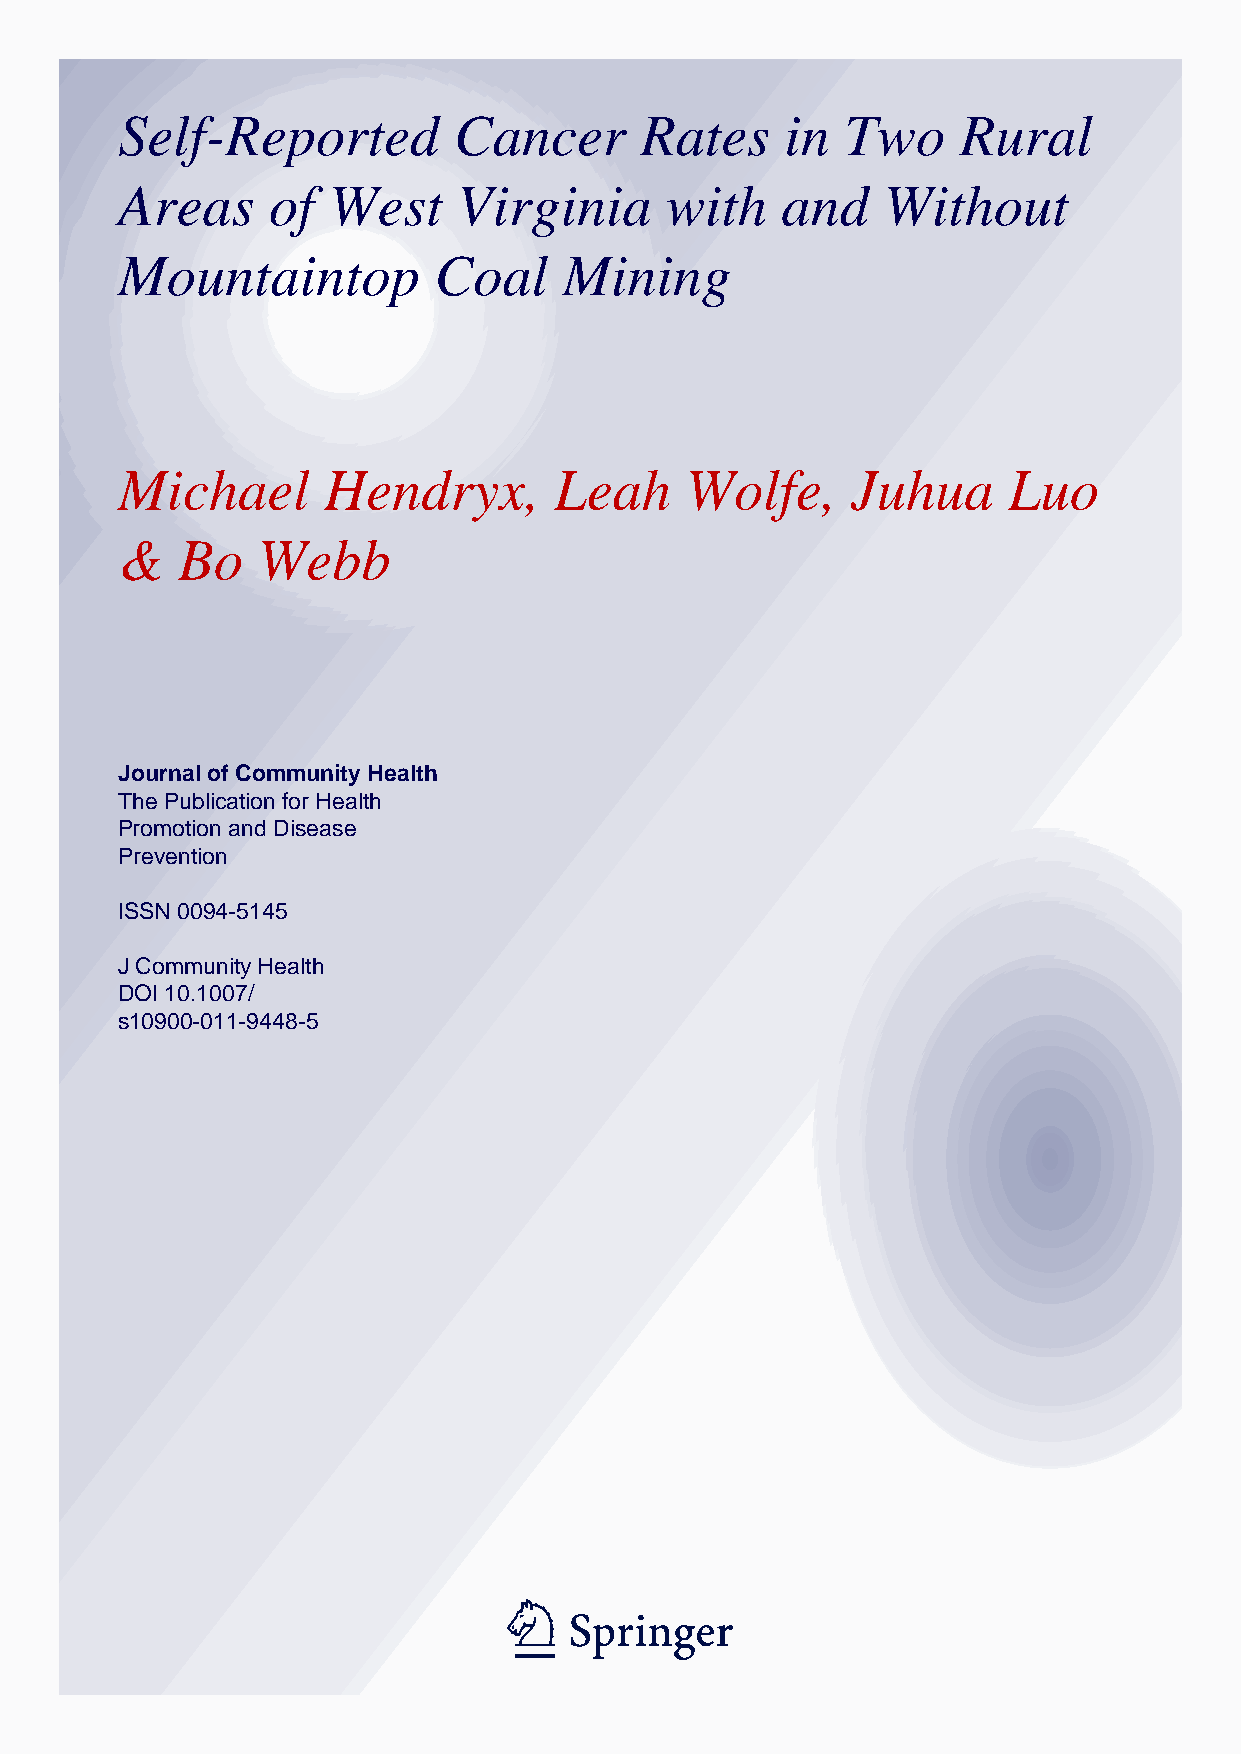
Self-Reported         Cancer      Rates     in  Two    Rural
 Areas     of  West    Virginia      with    and   Without
 Mountaintop          Coal    Mining
 Michael      Hendryx,        Leah    Wolfe,     Juhua      Luo
 &   Bo   Webb
 Journal of Community Health
 The Publication for Health
 Promotion and Disease
 Prevention
 ISSN 0094-5145
 J Community Health
 DOI 10.1007/
 s10900-011-9448-5
 1   23